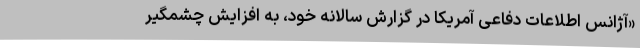
«آژانس اطلاعات دفاعی آمریکا در گزارش سالانه خود، به افزایش چشمگیر